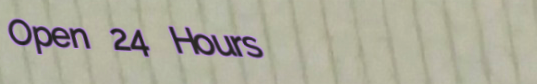
Open 24 Hours